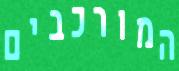
המורכבים